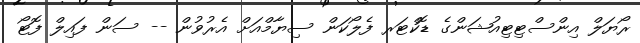
ރޯޔަލް އިންސްޓިޓިއުޝަންގެ ޑޮކްޓަރ ފެލޯކަން ސިޔާމްއަށް އެރުވުން -- ސަން ފައިލް ފޮޓޯ